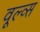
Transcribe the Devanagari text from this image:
वूल्व्स